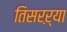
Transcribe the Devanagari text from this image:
तिसरऱ्या